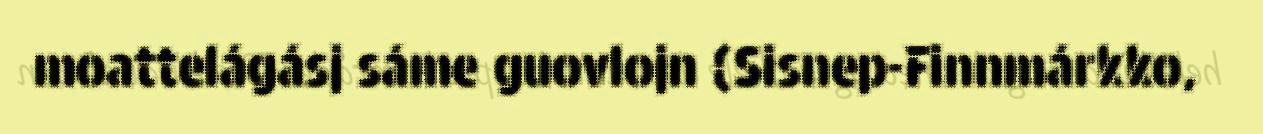
moattelágásj sáme guovlojn (Sisnep-Finnmárkko,